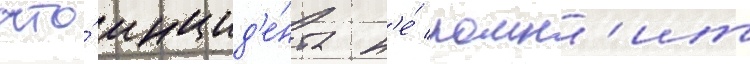
что́ инцид'е́нта н'е́ помн'ит